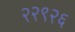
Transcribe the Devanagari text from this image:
२२९२६